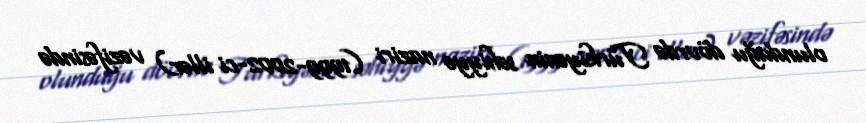
olunduğu dövrdə Türkiyənin səhiyyə naziri (1999-2002-ci illər) vəzifəsində